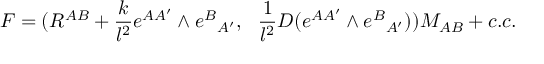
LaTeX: { \cal F } = ( R ^ { A B } + { \frac { k } { l ^ { 2 } } } e ^ { A A ^ { \prime } } \wedge e ^ { B } { } _ { A ^ { \prime } } , ~ ~ { \frac { 1 } { l ^ { 2 } } } D ( e ^ { A A ^ { \prime } } \wedge e ^ { B } { } _ { A ^ { \prime } } ) ) M _ { A B } + c . c .